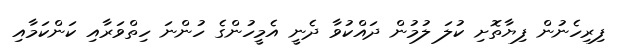
ފިރިހެނުން ފިޔާތޮށި ކުލަ ލުމުން ދައްކުވާ ދެނީ އެމީހުންގެ ހުންނަ ހިތްވަރާއި ކަންކަމާއި